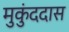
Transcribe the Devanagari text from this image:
मुकुंददास